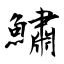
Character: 鱐